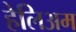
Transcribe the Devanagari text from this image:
हेलिअम